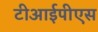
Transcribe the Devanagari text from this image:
टीआईपीएस